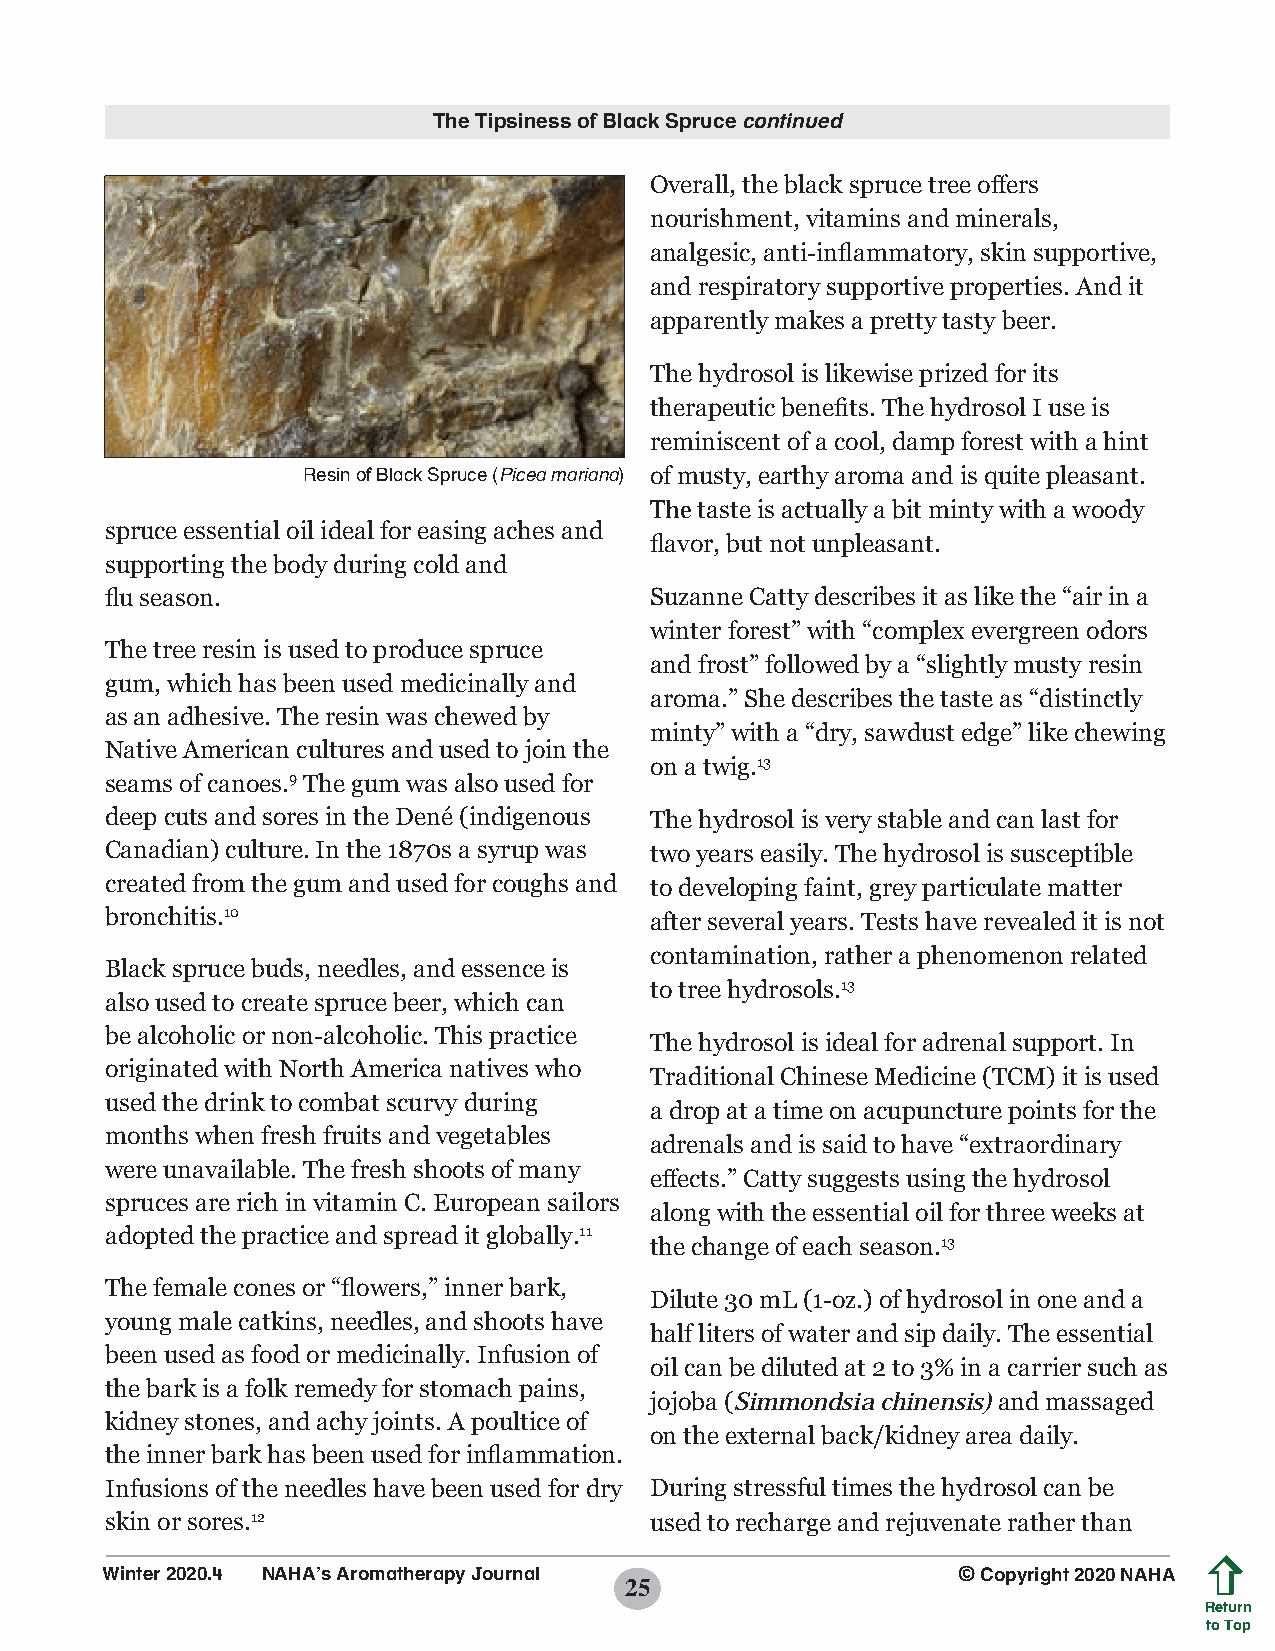
The Tipsiness of Black Spruce continued
 Overall, the black spruce tree offers
 nourishment, vitamins and minerals,
 analgesic, anti-inflammatory, skin supportive,
 and respiratory supportive properties. And it
 apparently makes a pretty tasty beer.
 The hydrosol is likewise prized for its
 therapeutic benefits. The hydrosol I use is
 reminiscent of a cool, damp forest with a hint
 Resin of Black Spruce (Picea mariana) of musty, earthy aroma and is quite pleasant.
 The taste is actually a bit minty with a woody
 spruce essential oil ideal for easing aches and
 flavor, but not unpleasant.
 supporting the body during cold and
 flu season.                         Suzanne Catty describes it as like the “air in a
 winter forest” with “complex evergreen odors
 The tree resin is used to produce spruce
 and frost” followed by a “slightly musty resin
 gum, which has been used medicinally and
 aroma.” She describes the taste as “distinctly
 as an adhesive. The resin was chewed by
 minty” with a “dry, sawdust edge” like chewing
 Native American cultures and used to join the
 on a twig.13
 seams of canoes.9 The gum was also used for
 deep cuts and sores in the Dené (indigenous The hydrosol is very stable and can last for
 Canadian) culture. In the 1870s a syrup was two years easily. The hydrosol is susceptible
 created from the gum and used for coughs and to developing faint, grey particulate matter
 bronchitis.10                       after several years. Tests have revealed it is not
 contamination, rather a phenomenon related
 Black spruce buds, needles, and essence is
 to tree hydrosols.13
 also used to create spruce beer, which can
 be alcoholic or non-alcoholic. This practice
 The hydrosol is ideal for adrenal support. In
 originated with North America natives who
 Traditional Chinese Medicine (TCM) it is used
 used the drink to combat scurvy during
 a drop at a time on acupuncture points for the
 months when fresh fruits and vegetables
 adrenals and is said to have “extraordinary
 were unavailable. The fresh shoots of many
 effects.” Catty suggests using the hydrosol
 spruces are rich in vitamin C. European sailors
 along with the essential oil for three weeks at
 adopted the practice and spread it globally.11
 the change of each season.13
 The female cones or “flowers,” inner bark,
 Dilute 30 mL (1-oz.) of hydrosol in one and a
 young male catkins, needles, and shoots have
 half liters of water and sip daily. The essential
 been used as food or medicinally. Infusion of
 oil can be diluted at 2 to 3% in a carrier such as
 the bark is a folk remedy for stomach pains,
 jojoba (Simmondsia chinensis) and massaged
 kidney stones, and achy joints. A poultice of
 on the external back/kidney area daily.
 the inner bark has been used for inflammation.
 Infusions of the needles have been used for dry During stressful times the hydrosol can be
 skin or sores.12                    used to recharge and rejuvenate rather than
 Winter 2020.4 NAHA’s Aromatherapy Journal               © Copyright 2020 NAHA
 25
 Return
 to Top
 